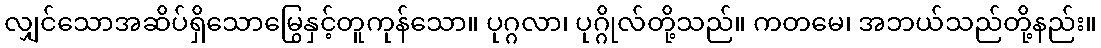
လျှင်သောအဆိပ်ရှိသောမြွေနှင့်တူကုန်သော။ ပုဂ္ဂလာ၊ ပုဂ္ဂိုလ်တို့သည်။ ကတမေ၊ အဘယ်သည်တို့နည်း။